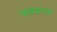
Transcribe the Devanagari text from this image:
पावडरचा